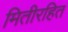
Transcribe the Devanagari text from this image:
मितीरहित